Lunatic asylums Punjab 1881-1894 - 1881-1894
Year: 1881
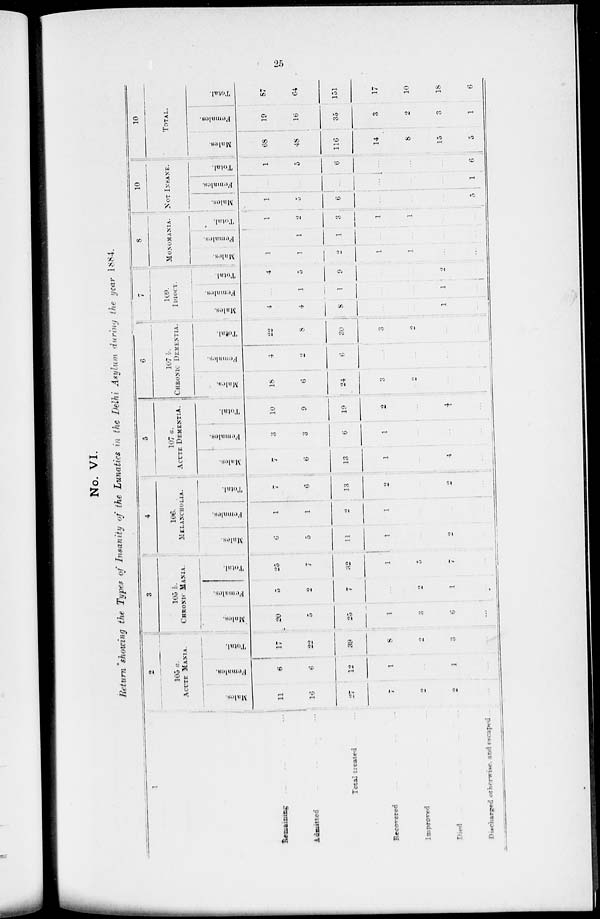
25
No. VI.
Return showing the Types of Insanity of the Lunatics in the Delhi Asylum during the year 1884.
1
Remaining . . . . . . . . . . . .
Admitted
Total treated ... ...
Recovered ... ... ... ...
Improved ... ... ... ...
Died ... ... ... ...
Discharged otherwise and escaped ..
2
10a a.
ACUTE MANIA.
Males.
11
16
27
7
2
2
...
Females.
6
6
12
1
...
1
...
Total.
17
22
39
8
2
...
...
3
105 b.
CHRONIC MANIA.
Males.
20
5
25
25
3
6
...
Females.
5
2
7
...
2
1
...
Total.
25
7
32
1
5
7
...
4
106.
MELANCHOLIA.
Males.
6
5
11
1
...
2
...
Females.
1
1
2
1
...
...
...
Total.
7
6
13
2
...
2
...
5
107 a.
ACUTE DEMENTIA.
Males.
7
6
13
1
...
4
...
Females.
3
3
6
1
...
...
...
Total.
10
9
19
2
...
4
...
6
107 6.
CHBONIC DEMENTIA.
Males.
18
6
24
3
2
...
...
Females.
4
2
6
...
...
...
...
Total.
22
8
30
3
2
...
...
7
109.
IDIOCY.
Males.
4
4
8
...
...
1
...
Females.
...
1
1
...
...
1
...
Total.
4
5
9
...
...
2
...
8
MONOMIA.
Males.
1
1
2
1
1
..
...
Females.
...
1
1
...
...
...
...
Total.
1
2
3
1
1
...
...
10
NOT
INSANE.
Males.
1
5
6
...
...
...
5
Females.
...
...
...
...
...
...
1
Total.
1
5
6
...
...
...
6
10
TOTAL.
Males.
68
48
116
14
8
15
5
Females.
19
16
35
3
2
3
1
Total.
87
64
151
17
10
18
6